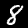
Label: 8